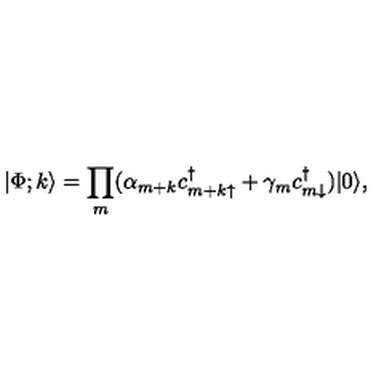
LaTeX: | \Phi ; k \rangle = \prod _ { m } ( \alpha _ { m + k } c _ { { m + k } \uparrow } ^ { \dagger } + \gamma _ { m } c _ { m \downarrow } ^ { \dagger } ) | 0 \rangle ,